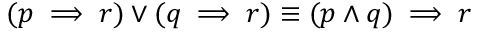
( p \implies r ) \vee ( q \implies r ) \equiv ( p \wedge q ) \implies r